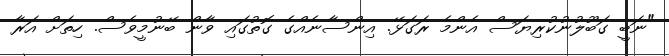
"ނަބީ ގަބޫލުނުކުރިޔަސް އެންމެ ރަގަޅޭ. އިންސާނެއްގެ ގޮތުގައި ވާން ބޭނުމީވެސް. ހިތަށް އަރާ